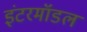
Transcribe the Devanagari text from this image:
इंटरमॉडल